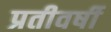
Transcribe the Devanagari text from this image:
प्रतीवर्षी